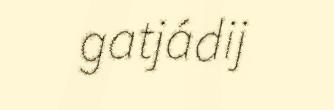
gatjádij